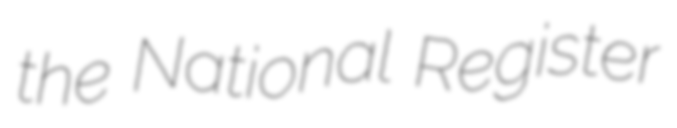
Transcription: the National Register